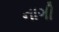
નાગી